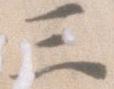
三